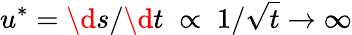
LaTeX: u^{*}=\d s/\d t\; \propto\; 1/\sqrt{t}\rightarrow\infty